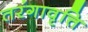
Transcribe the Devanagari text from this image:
तरंगावृत्ति